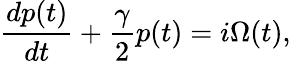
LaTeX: \frac{dp(t)}{dt}+\frac{\gamma}{2}p(t)=i\Omega(t),